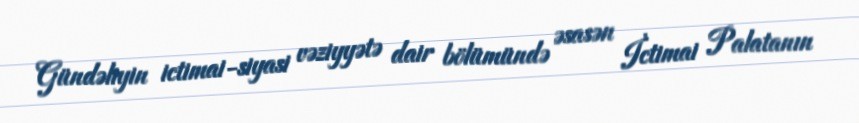
Gündəliyin ictimai-siyasi vəziyyətə dair bölümündə əsasən İctimai Palatanın